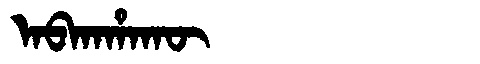
Manchu: ᠠᠪᡴᠠᡥᠠᡴᡡ
Romanization: ABKAHAKŪ